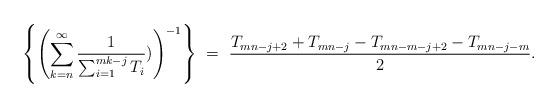
LaTeX: \begin{align*} \left\{\left(\sum_{k = n}^{\infty} \frac{1}{\sum_{i = 1}^{mk-j}T_i})\right)^{-1}\right\}\ = \ \frac{T_{mn-j+2} + T_{mn-j} - T_{mn-m-j+2} -T_{mn-j-m}}{2}.\end{align*}